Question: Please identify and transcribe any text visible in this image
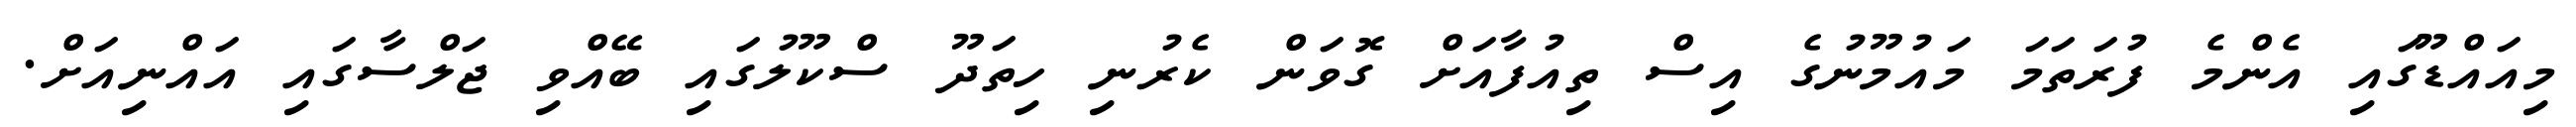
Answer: މިއައްޑޫގައި އެންމެ ފުރަތަމަ މައުމޫނުގެ އިސް ތިއުފާއަށް ގޮވަން ކެރުނި ހިތަދޫ ސްކޫލުގައި ބޭއްވި ޖަލްސާގައި އައްނިއަށް.